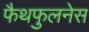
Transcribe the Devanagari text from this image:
फैथफुलनेस